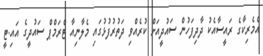
އެމެރިކާގެ ރައީސާއެކު ދާދިފަހުން ސައުދީއަށް ކުރެއްވި ދަތުރުފުޅުގައި މެލާނިއާ ޓްރަމްޕް ސައުދީގެ އައި.ޓީ